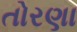
તોરણા